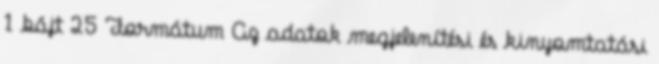
1 bájt 25 Formátum Az adatok megjelenítési és kinyomtatási